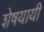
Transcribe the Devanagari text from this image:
शेषयायी